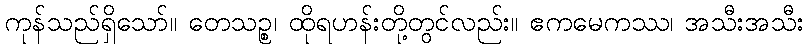
ကုန်သည်ရှိသော်။ တေသဉ္စ၊ ထိုရဟန်းတို့တွင်လည်း။ ဧကမေကဿ၊ အသီးအသီး